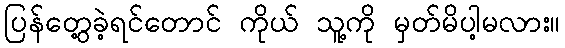
ပြန်တွေ့ခဲ့ရင်တောင် ကိုယ် သူ့ကို မှတ်မိပါ့မလား။